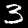
Digit: 3